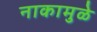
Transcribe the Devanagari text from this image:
नाकामुळे